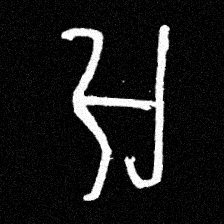
Pyu character \u2014 Myanmar letter: အ (romanized: a)